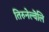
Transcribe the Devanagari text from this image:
तिरुनेल्वॆलि